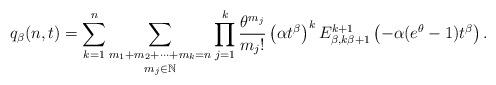
LaTeX: \begin{align*}q_{\beta}(n,t)=\sum_{k=1}^{n}\underset{m_j\in\mathbb{N}}{\underset{m_{1}+m_{2}+\dots+m_{k}=n}{\sum}}\prod_{j=1}^{k}\frac{\theta^{m_{j}}}{m_{j}!}\left(\alpha t^{\beta}\right)^{k}E_{\beta,k\beta+1}^{k+1}\left(-\alpha(e^{\theta}-1)t^{\beta}\right).\end{align*}